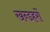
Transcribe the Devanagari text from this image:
खन्डहरों